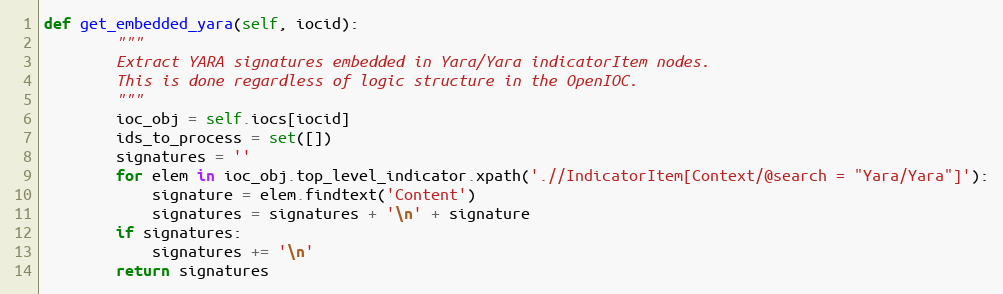
Language: Python
def get_embedded_yara(self, iocid):
        """
        Extract YARA signatures embedded in Yara/Yara indicatorItem nodes.
        This is done regardless of logic structure in the OpenIOC.
        """
        ioc_obj = self.iocs[iocid]
        ids_to_process = set([])
        signatures = ''
        for elem in ioc_obj.top_level_indicator.xpath('.//IndicatorItem[Context/@search = "Yara/Yara"]'):
            signature = elem.findtext('Content')
            signatures = signatures + '\n' + signature
        if signatures:
            signatures += '\n'
        return signatures